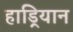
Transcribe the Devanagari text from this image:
हाड्रियान